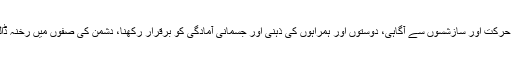
یعنی مقصد کا تعین ، مناسب اہتمام کے ساتھ تحریک کو آگے بڑھانا، دشمن کی نقل و حرکت اور سازشسوں سے آگاہی، دوستوں اور ہمراہوں کی ذہنی اور جسمانی آمادگی کو برقرار رکھنا، دشمن کی صفوں میں رخنہ ڈالنا اور دوستوں کی تعداد میں اضافہ کرنے میں رہبریت ہی بنیادی کردار ادا کرتی ہے۔